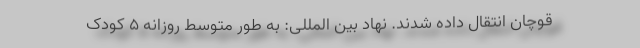
قوچان انتقال داده شدند. نهاد بین المللی: به طور متوسط روزانه ۵ کودک